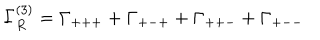
LaTeX: \Gamma _ { R } ^ { ( 3 ) } = \Gamma _ { + + + } + \Gamma _ { + - + } + \Gamma _ { + + - } + \Gamma _ { + -- } \hspace { . 2 i n } .